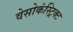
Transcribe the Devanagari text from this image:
वेसोकंस्ट्रिक्ट